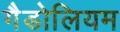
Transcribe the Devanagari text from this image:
गैडोलियम